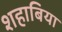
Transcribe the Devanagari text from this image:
शहाबिया